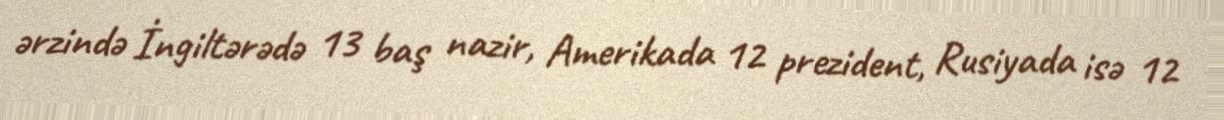
ərzində İngiltərədə 13 baş nazir, Amerikada 12 prezident, Rusiyada isə 12